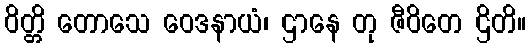
ဝိတ္တိ တောသေ ဝေဒနာယံ၊ ဌာနေ တု ဇီဝိတေ ဌိတိ။